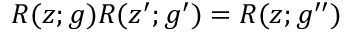
R ( z ; g ) R ( z ^ { \prime } ; g ^ { \prime } ) = R ( z ; g ^ { \prime \prime } )